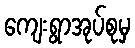
ကျေးရွာအုပ်စုမှ